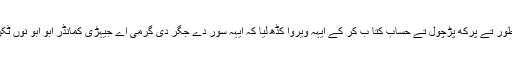
اوہنے اپنے طور تے پرکھ پڑچول تے حساب کتا ب کر کے ایہہ ویروا کڈھ لیا کہ ایہہ سور دے جگر دی گرمی اے جیہڑی کمانڈر ابو ابو نوں ٹکن نیئںدیندی ۔